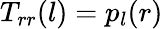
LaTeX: T_{rr}(l)=p_{l}(r)